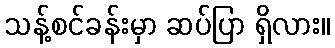
သန့်စင်ခန်းမှာ ဆပ်ပြာ ရှိလား။